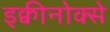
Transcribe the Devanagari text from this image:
इक्वीनोक्से